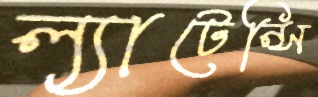
ল্যাটেন্সি